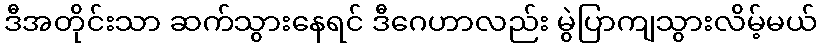
ဒီအတိုင်းသာ ဆက်သွားနေရင် ဒီဂေဟာလည်း မွဲပြာကျသွားလိမ့်မယ်